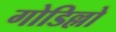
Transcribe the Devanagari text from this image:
गोडिल्लो